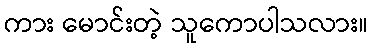
ကား မောင်းတဲ့ သူကောပါသလား။